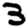
Digit: 3